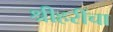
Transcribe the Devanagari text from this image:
श्रीहरींचा